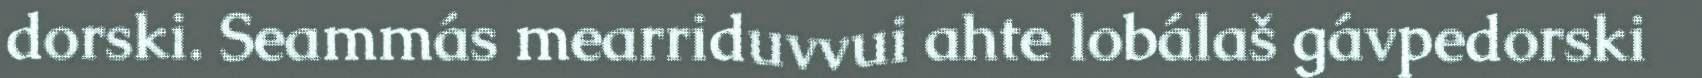
dorski. Seammás mearriduvvui ahte lobálaš gávpedorski